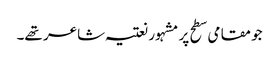
جو مقامی سطح پر مشہور نعتیہ شاعر تھے۔